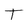
Character: T